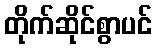
တိုက်ဆိုင်စွာပင်